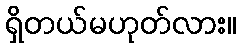
ရှိတယ်မဟုတ်လား။